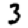
Digit: 3